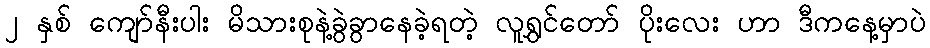
၂ နှစ် ကျော်နီးပါး မိသားစုနဲ့ခွဲခွာနေခဲ့ရတဲ့ လူရွှင်တော် ပိုးလေး ဟာ ဒီကနေ့မှာပဲ